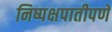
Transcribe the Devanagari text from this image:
निष्पक्षपातीपणे